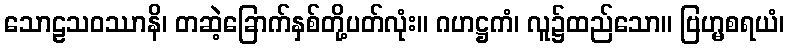
သောဠသဝဿာနိ၊ တဆဲ့ခြောက်နှစ်တို့ပတ်လုံး။ ဂဟဋ္ဌကံ၊ လူ၌ထည်သော။ ဗြဟ္မစရယံ၊